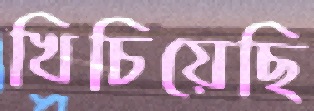
খিচিয়েছি